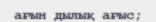
ағын дылық ағыс;